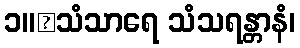
၁။	သံသာရေ သံသရန္တာနံ၊